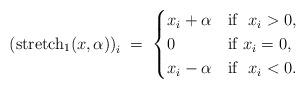
LaTeX: \begin{align*} \left(\hbox{stretch}_1 (x,\alpha)\right)_i \;=\;\begin{cases} x_i+\alpha & \hbox{if } \ x_i > 0, \\ 0 & \hbox{if } x_i=0,\\ x_i-\alpha & \hbox{if } \ x_i < 0.\end{cases}\end{align*}